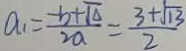
a _ { 1 } = \frac { - b + \sqrt { \Delta } } { 2 a } = \frac { 3 + \sqrt { 1 3 } } { 2 }